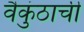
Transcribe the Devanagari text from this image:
वैकुंठाची